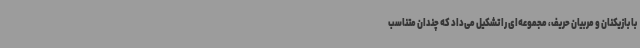
با بازیکنان و مربیان حریف، مجموعه‌ای را تشکیل می‌داد که چندان متناسب